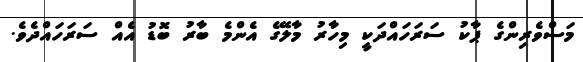
މަސްވެރިންގެ ޕާކު ސަރަހައްދަކީ މިހާރު މާލޭގެ އެންމެ ބާރު ބޮޑު އެއް ސަރަހައްދެވެ.